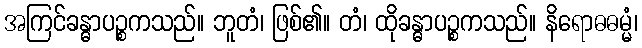
အကြင်ခန္ဓာပဉ္စကသည်။ ဘူတံ၊ ဖြစ်၏။ တံ၊ ထိုခန္ဓာပဉ္စကသည်။ နိရောဓဓမ္မံ၊